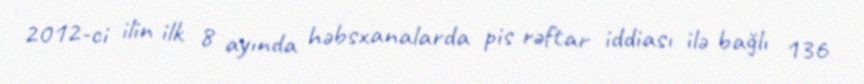
2012-ci ilin ilk 8 ayında həbsxanalarda pis rəftar iddiası ilə bağlı 136